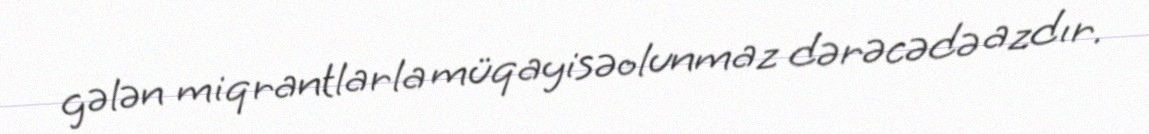
gələn miqrantlarla müqayisəolunmaz dərəcədə azdır.